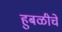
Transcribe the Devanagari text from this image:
हुबळीचे